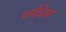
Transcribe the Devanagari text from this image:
फर्मवेअर